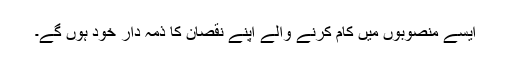
ایسے منصوبوں میں کام کرنے والے اپنے نقصان کا ذمہ دار خود ہوں گے۔